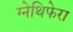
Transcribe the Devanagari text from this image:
ग्नेथिफेरा